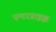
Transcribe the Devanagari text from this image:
एन्टरप्राइझ